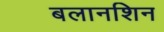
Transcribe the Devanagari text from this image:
बलानशिन